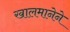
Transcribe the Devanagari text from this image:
खालमानेने